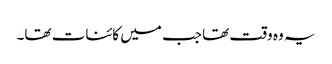
یہ وہ وقت تھا جب میں کائنات تھا۔